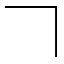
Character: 𠃍